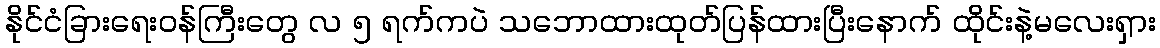
နိုင်ငံခြားရေးဝန်ကြီးတွေ လ ၅ ရက်ကပဲ သဘောထားထုတ်ပြန်ထားပြီးနောက် ထိုင်းနဲ့မလေးရှား